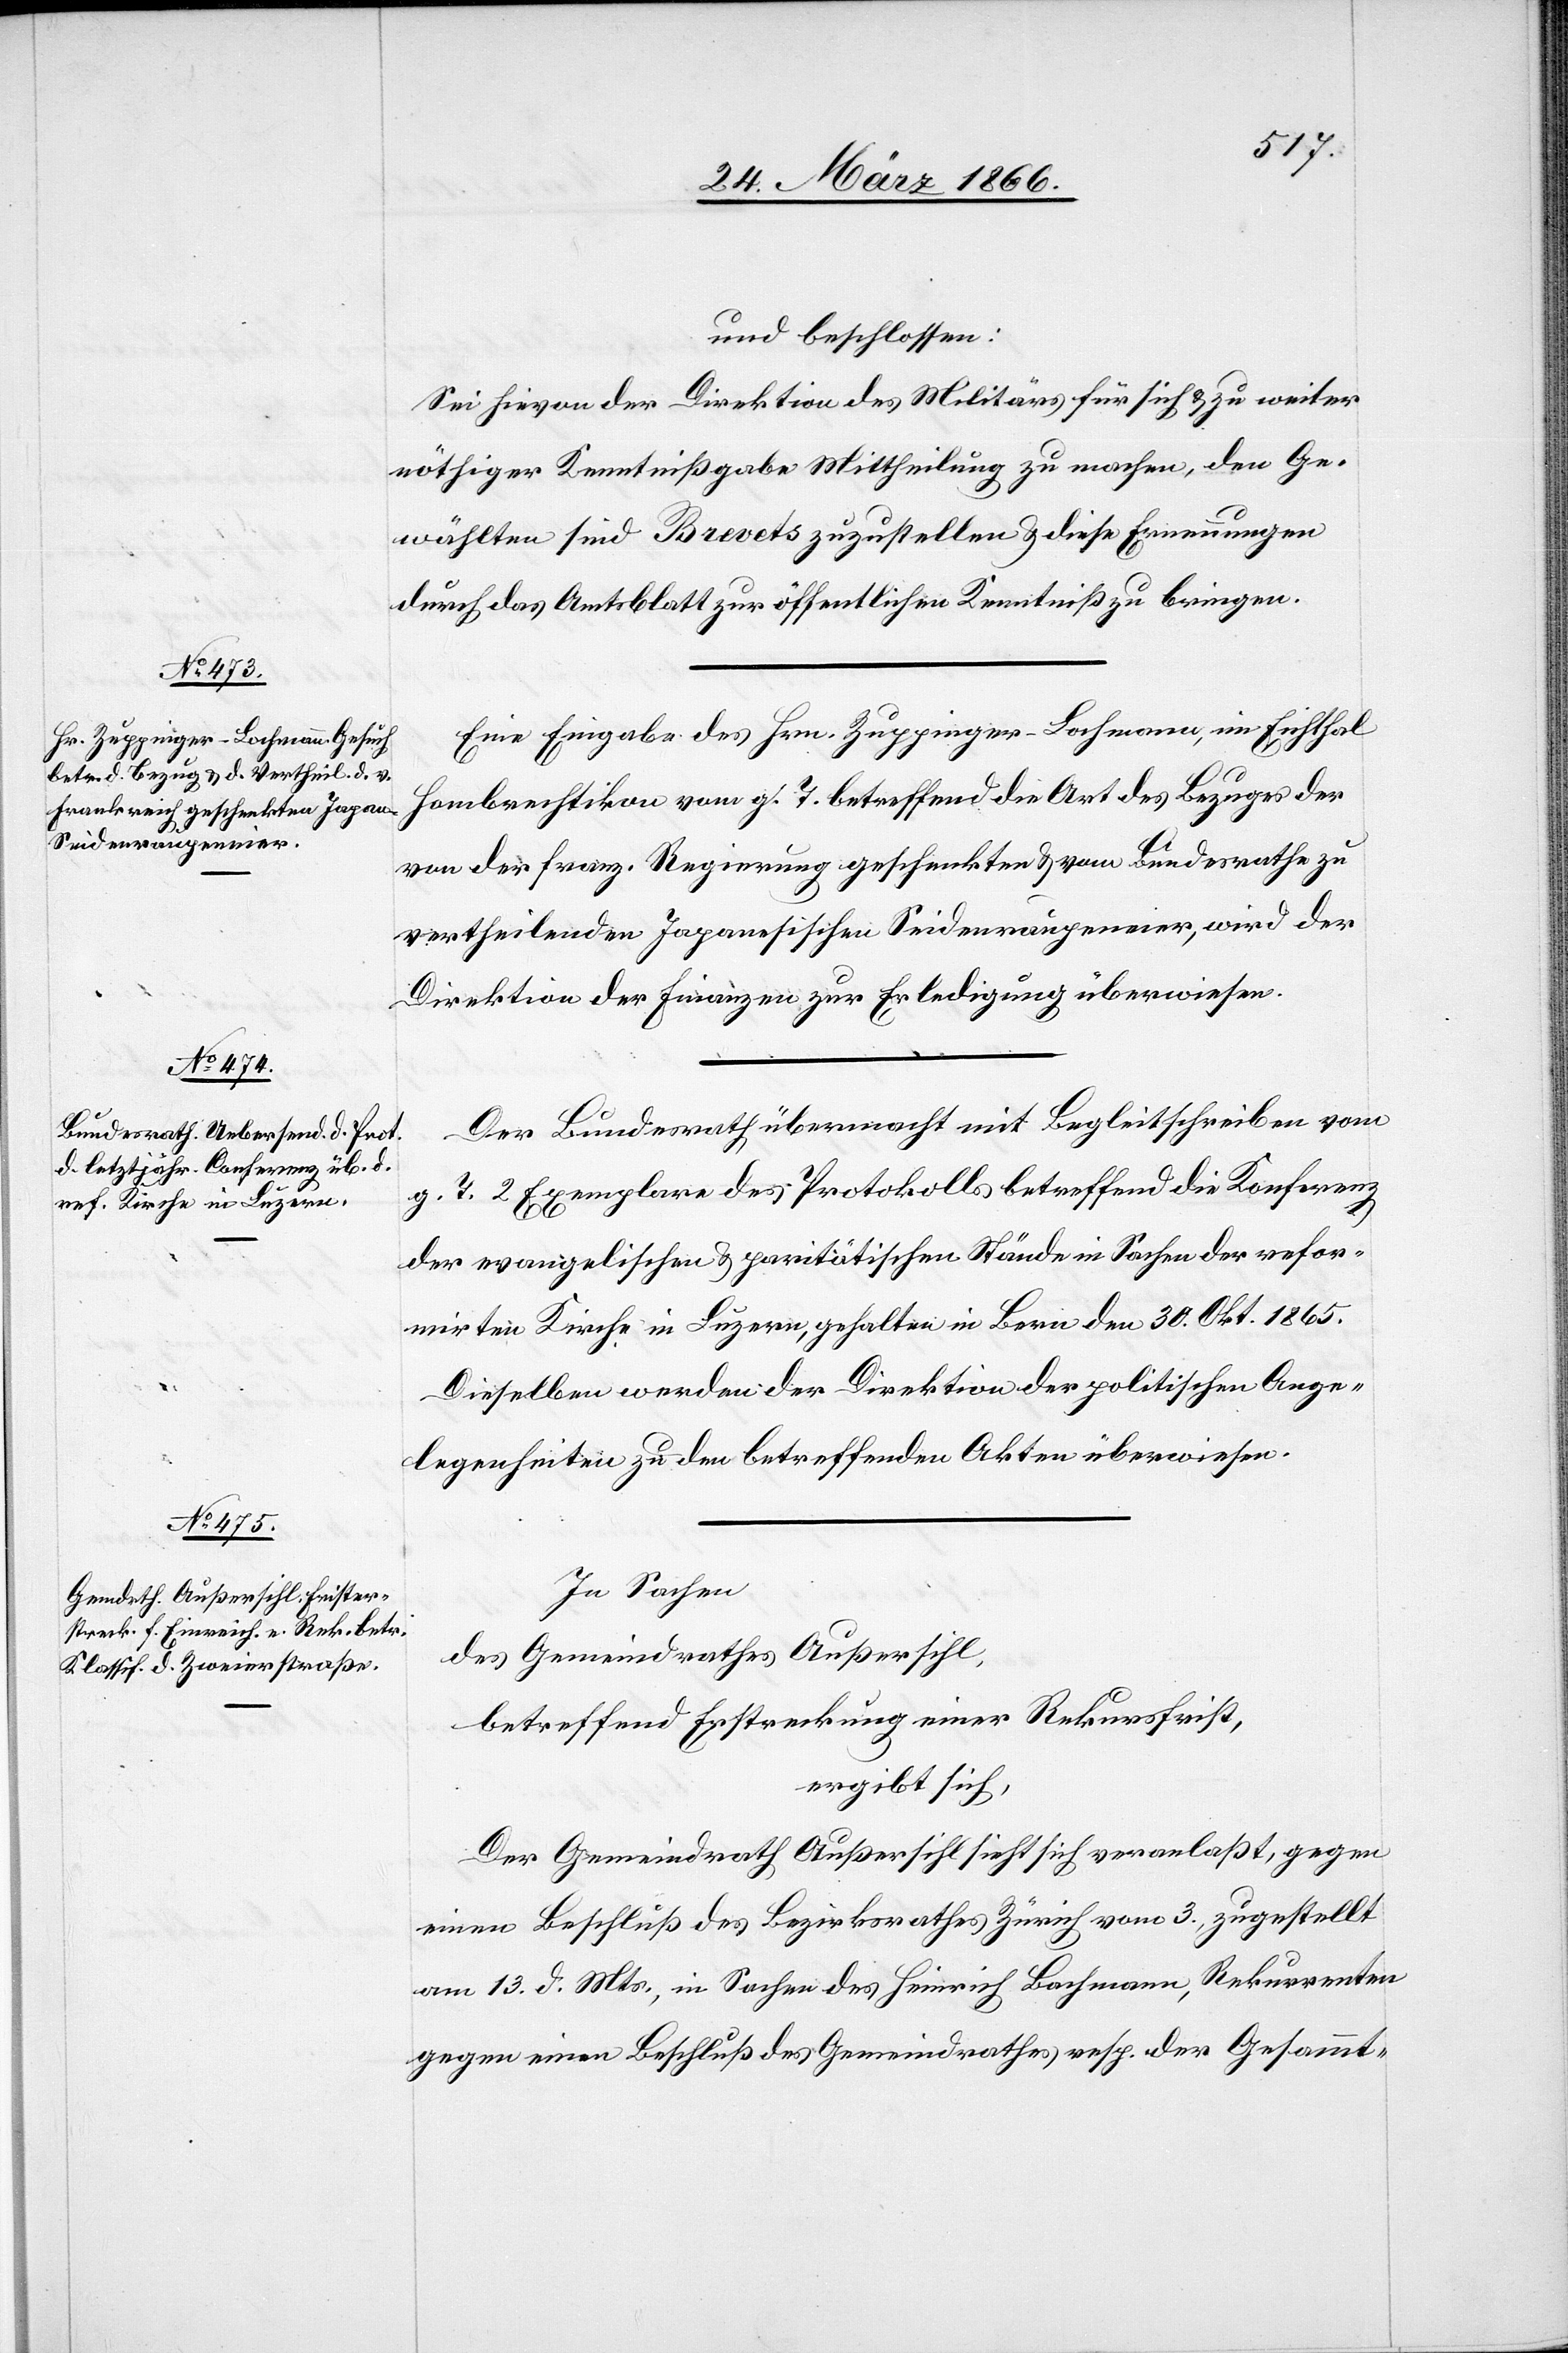
und beschlossen:
Sei hievon der Direktion des Militärs für sich u. zu weiter
nöthiger Kenntnißgabe Mittheilung zu machen, den Ge¬
wählten sind Brevets zuzustellen u. diese Ernennungen
durch das Amtsblatt zur öffentlichen Kenntniß zu bringen.
Eine Eingabe des Hrn. Zuppinger-Bachmann, im Eichthal
Hombrechtikon vom gl. T. betreffend die Art des Bezuges der
von der franz. Regierung geschenkten u. vom Bundesrathe zu
vertheilenden Japanischen Seidenraupeneier, wird der
Direktion der Finanzen zur Erledigung überwiesen.
Der Bundesrath übermacht mit Begleitschreiben vom
g. T. 2 Exemplare des Protokolls betreffend die Konferenz
der evangelischen u. paritätischen Stände in Sachen der refor¬
mirten Kirche in Luzern, gehalten in Bern den 30. Okt. 1865.
Dieselben werden der Direktion der politischen Ange¬
legenheiten zu den betreffenden Akten überwiesen.
In Sachen
des Gemeindrathes Außersihl,
betreffend Erstreckung einer Rekursfrist,
ergibt sich:
Der Gemeindrath Außersihl sieht sich veranlaßt, gegen
einen Beschluß des Bezirksrathes Zürich vom 3., zugestellt
am 13. d. Mts., in Sachen des Heinrich Bachmann, Rekurrenten
gegen einen Beschluß des Gemeindrathes, resp. der Gesammt-